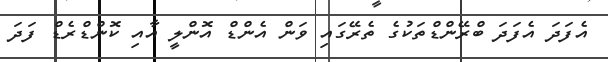
އެފަދަ އެފަދަ ބްރޭންޑްތަކުގެ ތެރޭގައި ވަން އެންޑް އޮންލީ އާއި ކޮންޑްރެޑް ފަދަ